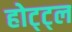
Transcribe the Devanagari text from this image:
होट्ट्ल